Report on vaccination in the Province of Bengal - 1874-1889
Year: 1874
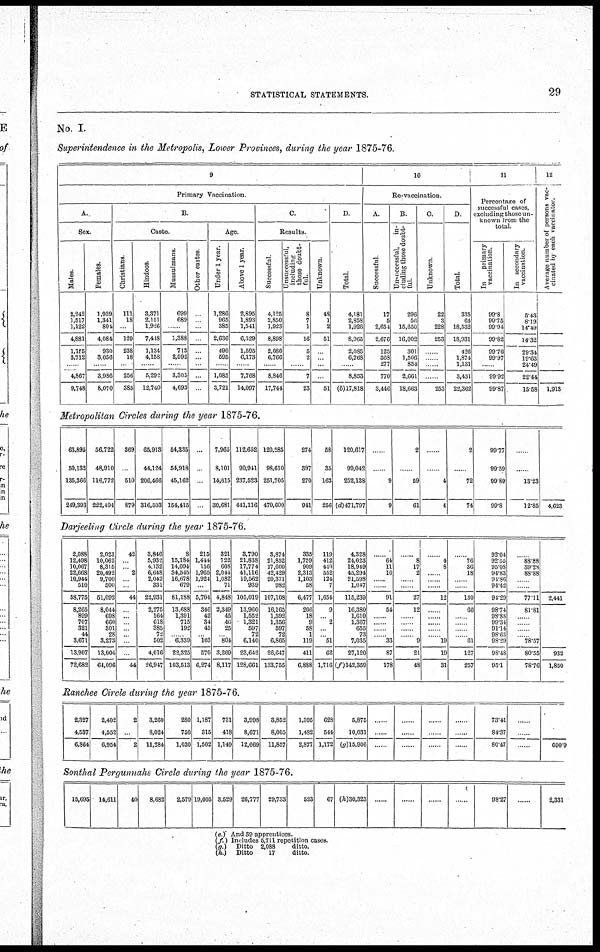
STATISTICAL STATEMENTS.
29
No. I.
Superintendence in the Metropolis, Lower Provinces, during the year 1875-76.
9
Primary Vaccination
A.
Sex.
Males.
2,242
1,517
1,122
4,881
1,155
3,712
......
4,867
9,748
females.
1,939
1,341
804
4,084
930
3,056
......
3,986
8,070
B.
Caste.
Christians.
111
18
...
129
238
18
......
256
385
Hindoos
3,371 2,151
1,926
7,448
1,134
4,158
......
5,292
12,740
Mussulmans
699
689
...
1,388
713
2,592
......
3,305
4,693
Other castes
...
...
...
...
...
...
...
...
...
Age
Under 1 year.
1,286
965
385
2,636
490
595
......
1,085
3,721
Above l year.
2,895
1,893
1,541
6,329
1,595
6,173
......
7,768
14,097
C.
Results.
Successful.
4,125
2,850
1,923
8,898
2,080
6,766
......
8,846
17,744
Unsuccessful,
including
those doubt-
ful.
8
7
1
16
5
2
......
7
23
Unknown
48
1
2
51
...
...
...
...
51
D
Total.
4,181 2,858
1,926
8,965
2,085
6,768
......
8,853
(b)17,818
10
Re-vaccination.
A.
Successful.
17
5
2,654
2,676
125
368
277
770
3,446
B.
Unsuccessful,
in-
cluding those doubt-
ful
296
56
15,650
16,002
301
1,506
854
2,661
18,663
C.
Unknown.
22
3
228
253
......
......
......
......
253
D
Total.
335
64
18,532
18,931
426
1,874
1,131
3,431
22,362
11
Percentage of
successful cases,
excluding those un-
known from the
total
In
primary
vaccination.
99.8
99.75
99.94
99.82
99.76
99.97
......
99.92
99.87
In secondary
vaccination
5.43
8.19 14.49
14.32
29.34
19.63
24.49
22.44
15.58
12
Average number of persons vac-
cinated by each vaccinated.
1,913
Metropolitan Circles during the year 1875-76.
63,895
50,132
135,366
249,393
56,722
48,910
116,772
222,404
369
...
510
879
65,913
44,124
206,466
316,503
54,335
54,918
45,162
154,415
...
...
...
...
7,965
8,101
14,615
30,681
112,652
90,941
237,523
441,116
120,285
98,610
251,705
470,600
274
397
270
941
58
35
163
256
120,617
99,042
252,138
(d)471,797
...
9
9
2
...
59
61
......
.. .
4
4
2
....
72
74
99.77
99.59
99.89
99.8
..
. .
13.23
12.85 4,623
Darjeeling Circle during the year 1875-76.
2,088
12,498
10,067
22,668
10,944
510
58,775
8,265
899
707
321
44
3,671
13,907
72,682
2,023
10,062
8,315
20,492
9,700
500
51,092
8,044
698
660
301
28
3,273
13,004
64,096
42
...
... 2
...
...
44
...
...
...
...
...
...
...
44
3,846
5,932
4,132
6,648
2,042
331
22,931
2,275
164
618
385
72
502
4,016
26,947
8
15,184
14,094
34,545
16,678
679
81,188
13,688
1,391
715
192
... 6,339
22,325
103,513
215
1,444
156
1,965
1,924
...
5,704
346
42
34
45
... 103
570
6,274
321
722
608
2,044
1,082
71
4,848
2,349
45
46
25
... 804
3,269
8,117
3,790
21,838
17,774
41,116
19,562
939
105,019
13,960
1,552
1,321
597
72
6,140
23,642
128,661
3,874
21,852
17,600
42,429
20,371
982
107,108
16,165
1,592
1,356
597
72
6,865
26,647
133,755
335
1,759
909
2,313
1,103
58
6,477
206
18
9
58
1
119
411
6,888
119
412
440
552
124
7
1,654
9
... 2
...
... 51
62
1,716
4,328
24,023
18,949
45,294
21,598
1,047
115,239
16,380
1,610
1,367
655
73
7,035
27,120
(f)142,359
......
64
11
16
......
......
91
54
......
......
......
...... 33
87
178
......
8
17
2
......
......
27
12
......
...... ......
...... 9
21
48
......
4
8
......
......
......
12
......
......
......
......
......
19
19
31
......
76
36
18
......
...
130
66
....
......
......
......
61
127
257
92.04
92.55
95.08
94.83
94.86
94.42
94.29
98.74
98.83
99.34
91.14
98.63
98.29
98.48
95.1
......
88.88
39.28
88.88
......
......
77.11
81.81
......
......
......
......
78.57
80.55
78.76
2,441
932
1,850
Ranchee Circle during the year 1875-76.
2,327
4,537
6,864
2,402
4,552
6,954
2
...
2
3,260
8,024
11,284
280
750
1,030
1,187
315
1,502
731
418
1,149
3,998
8,671
12,669
3,852
8,005
11,857
1,395
1,482
2,877
628
544
1,172
5,875
10,031
(g)15,906
......
......
......
......
......
......
......
......
.......
......
......
......
73.41
84.37
80.47
......
......
......
690.9
Sonthal Pergunnahs Circle during the year 1875-76.
15,695 14,611
40
8,682
2,579 19,005 3,529 26,777 29,733
523
67 (h)30,323
......
......
......
......
98.27
......
2,331
(e.)And
39 apprentices.
(f.) Includes 5,711 repetition cases.
(g.)
Ditto 2,088
ditto.
(h.)
Ditto
17
ditto.